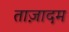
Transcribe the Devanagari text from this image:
ताज़ादम